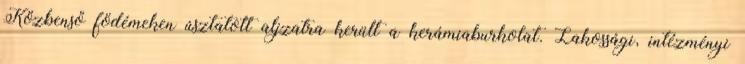
Közbenső födémeken úsztatott aljzatra került a kerámiaburkolat. Lakossági, intézményi